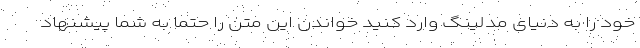
خود را به دنیای مدلینگ وارد کنید خواندن این متن را حتما به شما پیشنهاد